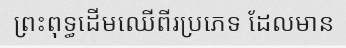
ព្រះពុទ្ធដើមឈើពីរប្រភេទ ដែលមាន